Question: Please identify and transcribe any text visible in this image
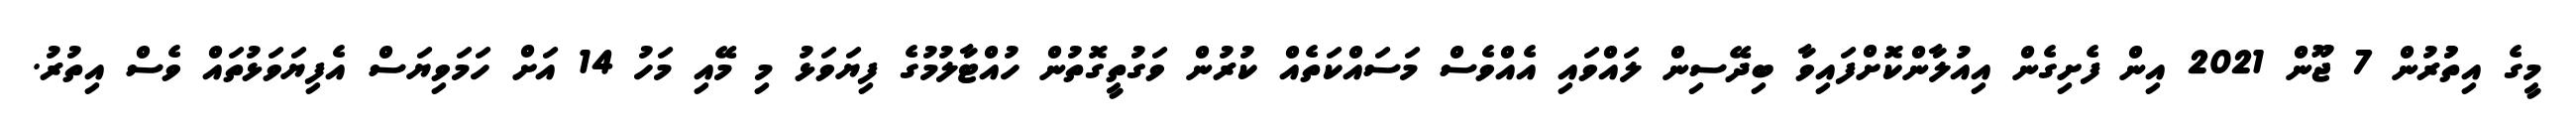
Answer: މީގެ އިތުުރުން 7 ޖޫން 2021 އިން ފެށިގެން އިއުލާންކޮށްފައިވާ ބިދޭސިން ލައްވައި އެއްވެސް މަސައްކަތެއް ކުރުން ވަގުތީގޮތުން ހުއްޓާލުމުގެ ފިޔަވަޅު މި މޭއި މަހު 14 އަށް ހަމަވިޔަސް އެފިޔަވަޅުތައް ވެސް އިތުރު.